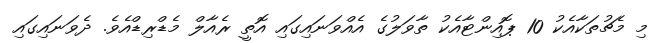
މި މެޗުތަކާއެކު 10 ޕޮއިންޓާއެކު ތާވަލުގެ އެއްވަނައިގައި އޮތީ ރެއާލް މެޑްރިޑްއެވެ. ދެވަނައިގަައި